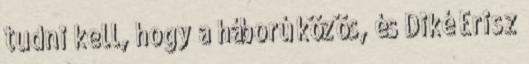
tudni kell, hogy a háború közös, és Diké Erisz